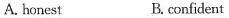
A.honest B.confident